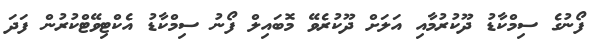
ފޯނުގެ ސިމްކާޑު ދޫކުރުމާއި އަލަށް ދޫކުރެވޭ މޮބައިލް ފޯނު ސިމްކާޑު އެކްޓިވޭޓްކުރުން ފަދަ